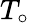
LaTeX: T_{\circ}